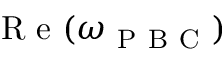
\mathrm { ~ R ~ e ~ } ( \omega _ { \mathrm { ~ P ~ B ~ C ~ } } )